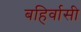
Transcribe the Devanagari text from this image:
बहिर्वासी